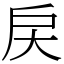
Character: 戻